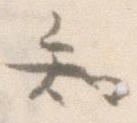
知